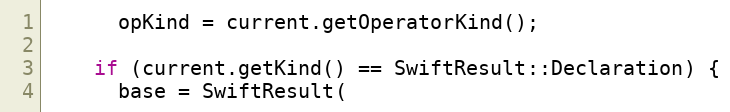
Language: C++
      opKind = current.getOperatorKind();

    if (current.getKind() == SwiftResult::Declaration) {
      base = SwiftResult(